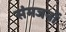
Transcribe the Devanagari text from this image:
संमजनों